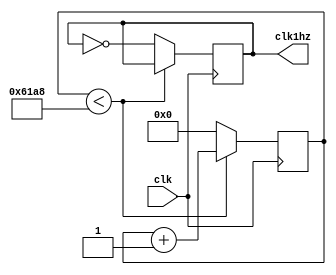
module divfreq(clk, clk1hz);
	input clk;
	output reg clk1hz;

	reg [27:0] count;

	always @ (posedge clk)begin

		if(count < 'd25_000)begin
			count = count + 1;
			end
		else begin
			count = 0;
			clk1hz = !clk1hz;
			end
	end
endmodule
module divfreq #(parameter ciclos)(clk, clk1hz);
input clk;
output reg clk1hz = 0;

reg [27:0] count = 0;

    always @ (posedge clk)begin
	    if(count < ciclos)begin
	    	count = count + 1;
	    	end
    	else begin
	    	count = 0;
	    	clk1hz = !clk1hz;
	    	end
    end
endmodule